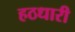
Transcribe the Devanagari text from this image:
हठधारी